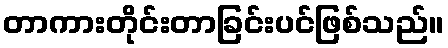
တာကားတိုင်းတာခြင်းပင်ဖြစ်သည်။